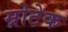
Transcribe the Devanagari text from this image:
म्रोटेक